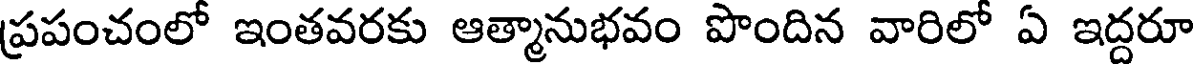
ప్రపంచంలో ఇంతవరకు ఆత్మానుభవం పొందిన వారిలో ఏ ఇద్దరూ